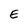
Character: E